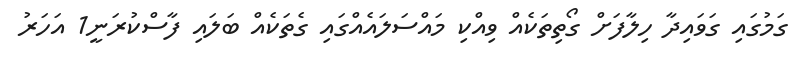
ގަމުގައި ގަވައިދާ ހިލާފަށް ގޯތިތަކެއް ވިއްކި މައްސަލައެއްގައި ގެތަކެއް ބަލައި ފާސްކުރަނީ1 އަހަރު